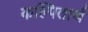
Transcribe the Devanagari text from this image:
कल्पितार्थ